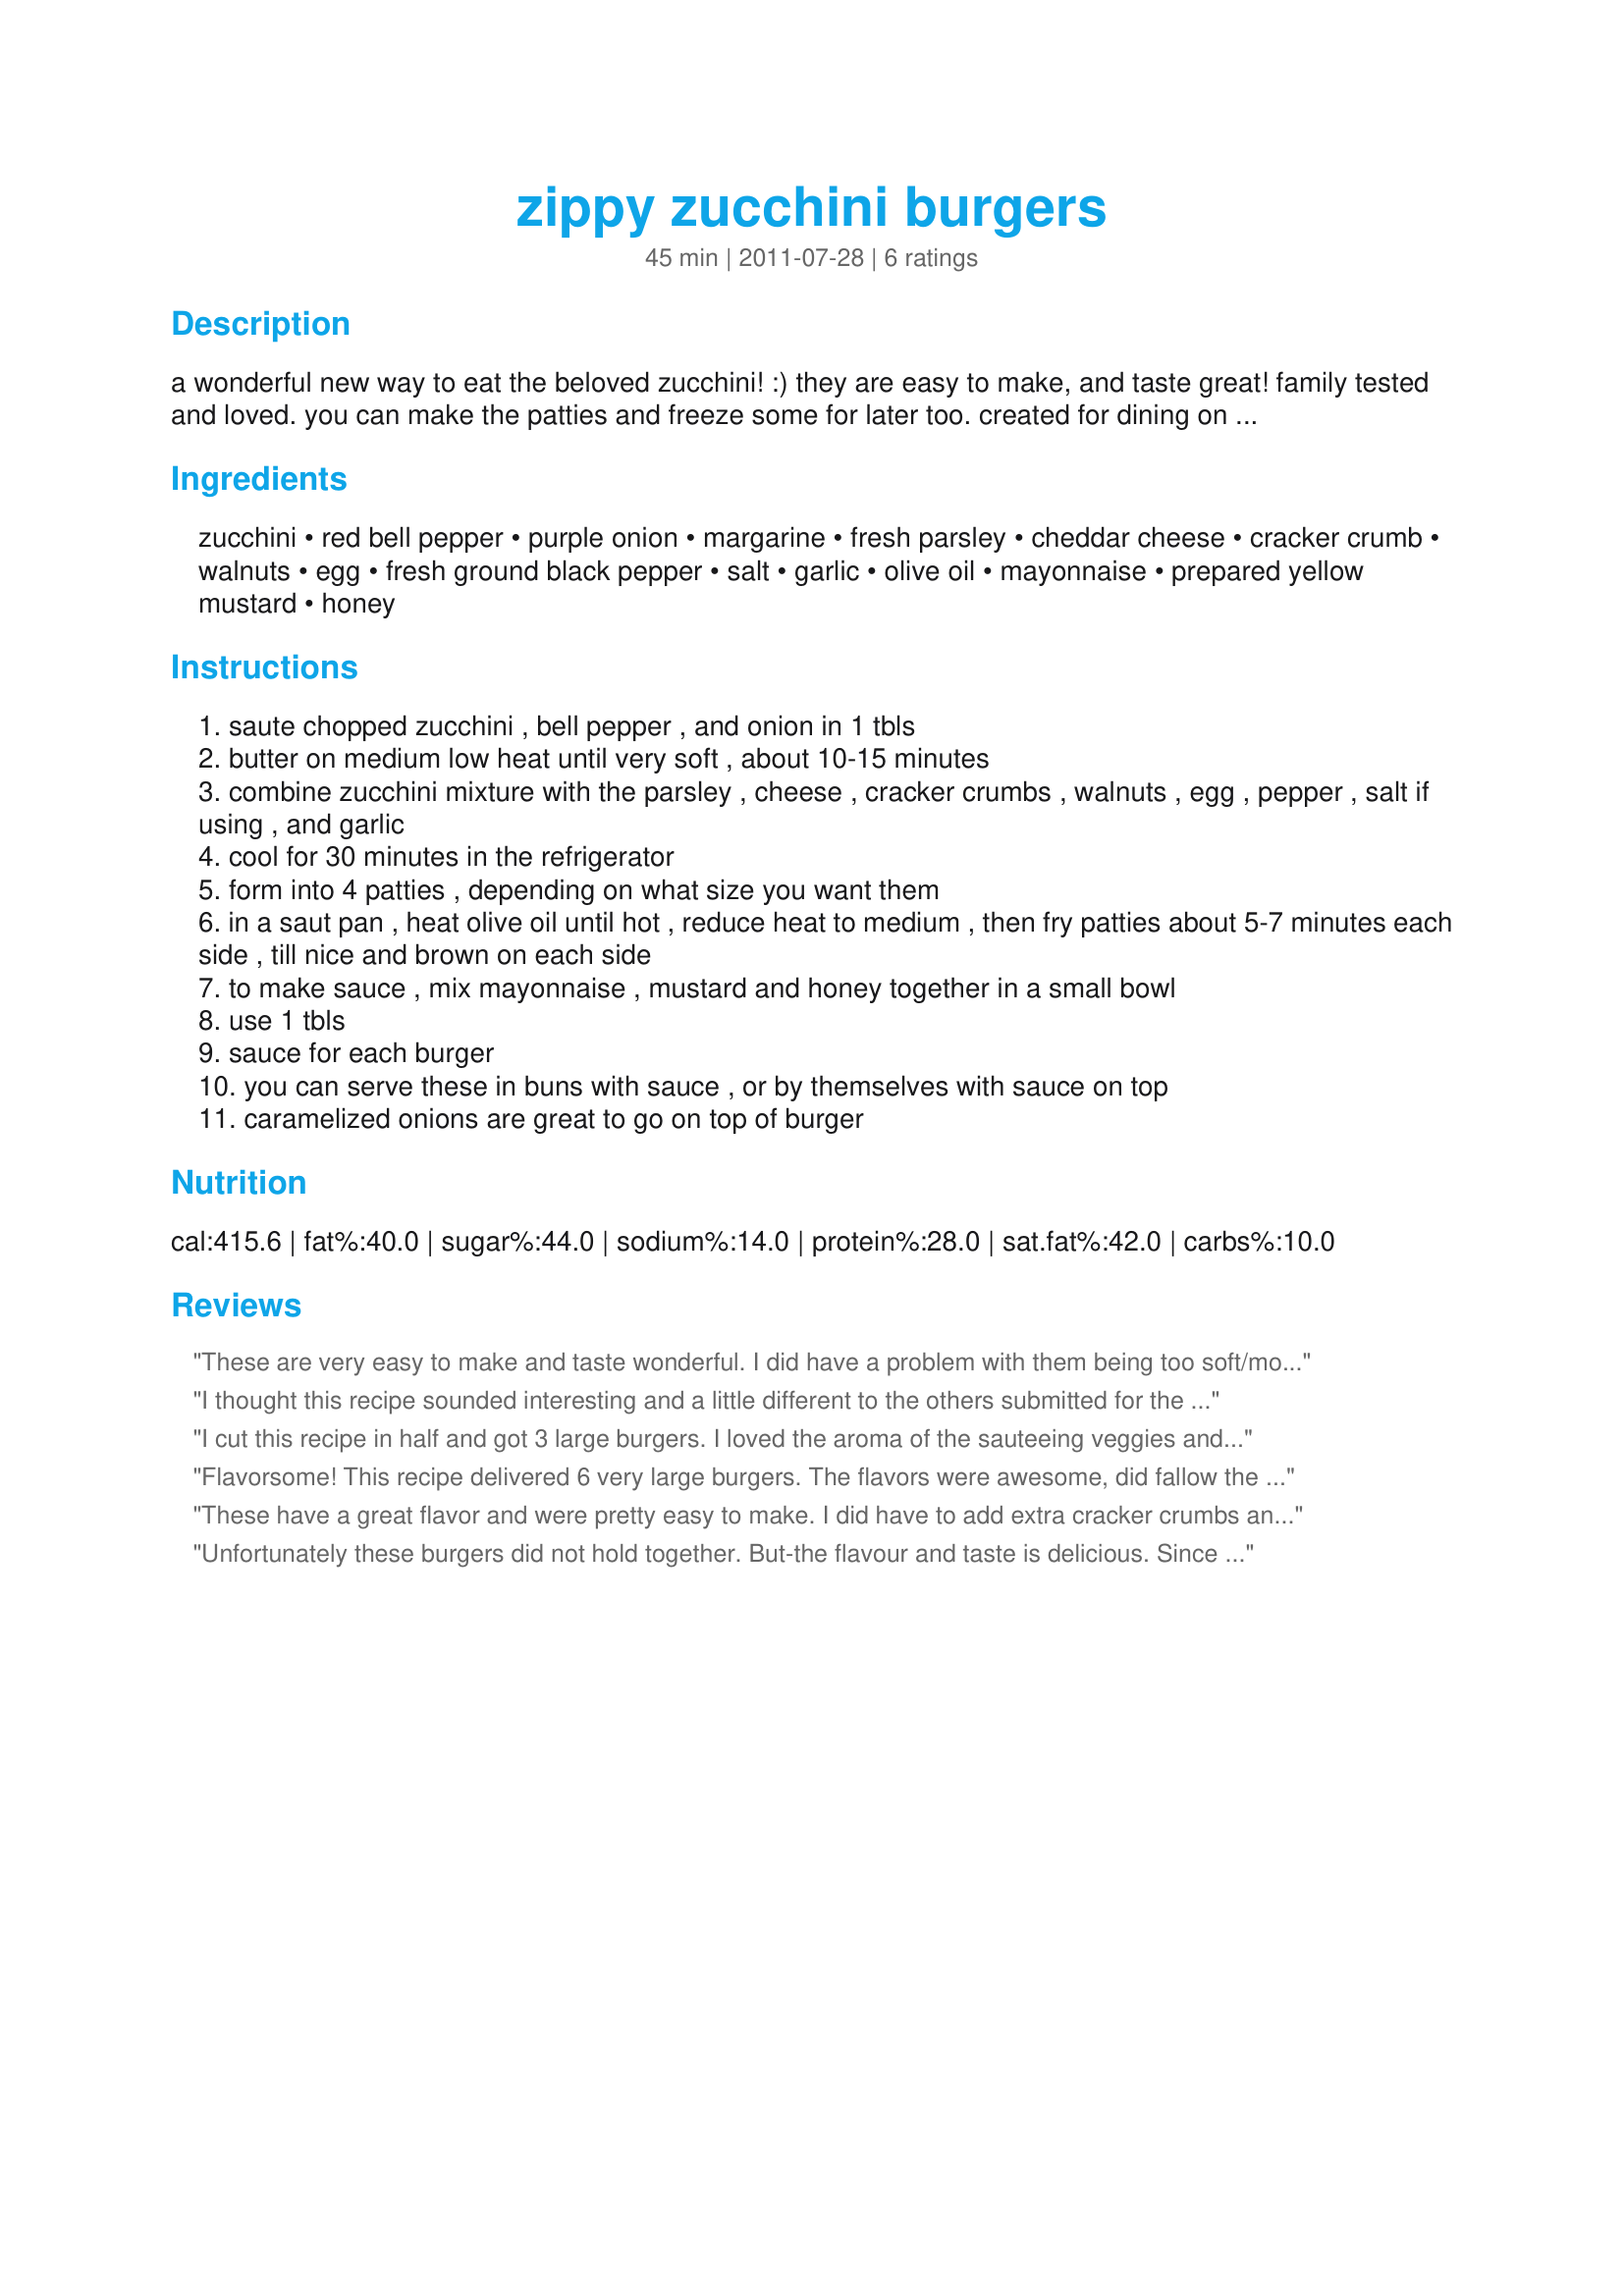
zippy zucchini burgers
Preparation time: 45 minutes

a wonderful new way to eat the beloved zucchini! :) they are easy to make, and taste great! family tested and loved. you can make the patties and freeze some for later too. created for dining on a dollar contest.

Ingredients:
zucchini, red bell pepper, purple onion, margarine, fresh parsley, cheddar cheese, cracker crumb, walnuts, egg, fresh ground black pepper, salt, garlic, olive oil, mayonnaise, prepared yellow mustard, honey

Steps:
saute chopped zucchini , bell pepper , and onion in 1 tbls
butter on medium low heat until very soft , about 10-15 minutes
combine zucchini mixture with the parsley , cheese , cracker crumbs , walnuts , egg , pepper , salt if using , and garlic
cool for 30 minutes in the refrigerator
form into 4 patties , depending on what size you want them
in a saut pan , heat olive oil until hot , reduce heat to medium , then fry patties about 5-7 minutes each side , till nice and brown on each side
to make sauce , mix mayonnaise , mustard and honey together in a small bowl
use 1 tbls
sauce for each burger
you can serve these in buns with sauce , or by themselves with sauce on top
caramelized onions are great to go on top of burger

Reviews:
These are very easy to make and taste wonderful. I did have a problem with them being too soft/moist in the center for using on a bun. I would add more bread/cracker crumbs and maybe salt the zucchini and let it drain and then squeeze out the excess moisture first before cooking. But if you are just going to eat them as a patty without the bun, they are fine. The sauce is just the right compliment for these. I used parsley and fresh oregano, and think they would be good with fresh cilantro also!
I thought this recipe sounded interesting and a little different to the others submitted for the Dining on a $ competition. I'm really glad that I tried this recipe- enjoyed by all of my family. I could have gobbled the vegetable mix before even making the burgers. I used a gluten-free cracker to make the crumbs for this recipe to make it gluten-free diet suitable. I did need to add about an extra 1/2 quantity of the crumbs for the mixture to be thick enough. Delicious burgers, served with the yummy sauce and a salad on the side. I think this recipe could even have more of the chopped walnuts added as they really added to the texture. Good luck in the competition. Photo also to be posted
I cut this recipe in half and got 3 large burgers. I loved the aroma of the sauteeing veggies and had great hopes for this. I used bread crumbs, half mushrooms and red pepper, and refrigerated the mixture overnight. I had no problems shaping the patties and they cooked just fine. I didn't care for the sauce mainly because of the honey. I had the patty topped with sauce for lunch. I froze the other two. Good luck in the contest.
Flavorsome! This recipe delivered 6 very large burgers. The flavors were awesome, did fallow the recommendation of using of using 1/4 lb. red bell pepper and 1/4 lb. mushrooms. We also found the walnuts to be a delightful addition. I made as written using 1 lb. zucchini, but had a lot of trouble getting the burgers to hold together, ended up using a measuring cup to make 6 large burgers that never did firm up the way they should have, but did get a nice brown exterior. Thanks for the post and good luck with the contest.
These have a great flavor and were pretty easy to make. I did have to add extra cracker crumbs and they still turned out really soft. The texture made them better served alone rather than on a bun. Of course they still tasted great and are a healthy dinner option :)
Unfortunately these burgers did not hold together. But-the flavour and taste is delicious. Since they fell apart I gave up and scrambled them instead. Used as a "burger" (a heap of the scrambled) in a bun, topped off with a little cheese and garlic sauce and boy, were they tasty!<br/>Thanks for creating and posting. Good luck in the contest.<br/>Made for Dining on a $ 2011.
